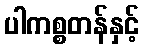
ပါကစ္စတန်နှင့်